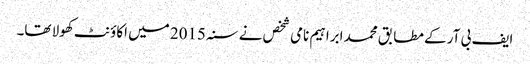
ایف بی آر کے مطابق محمد ابراہیم نامی شخص نے سنہ 2015 میں اکاؤنٹ کھولا تھا۔